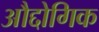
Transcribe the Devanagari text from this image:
औद्दोगिक